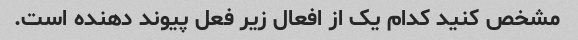
مشخص کنید کدام یک از افعال زیر فعل پیوند دهنده است.